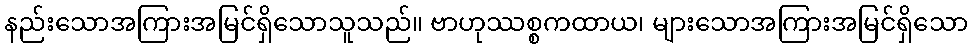
နည်းသောအကြားအမြင်ရှိသောသူသည်။ ဗာဟုဿစ္စကထာယ၊ များသောအကြားအမြင်ရှိသော